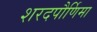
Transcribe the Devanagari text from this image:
शरदपौर्णिमा